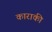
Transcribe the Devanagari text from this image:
काराकी